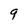
Character: 9